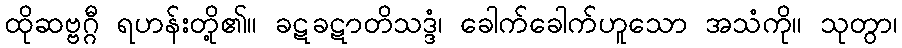
ထိုဆဗ္ဗဂ္ဂီ ရဟန်းတို့၏။ ခဋခဋာတိသဒ္ဒံ၊ ခေါက်ခေါက်ဟူသော အသံကို။ သုတွာ၊